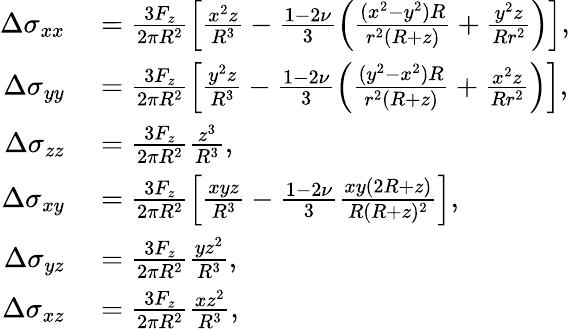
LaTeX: \begin{array}{rl}{\Delta\sigma_{xx}}&{{}=\frac{3F_{z}}{2\pi R^{2}}\left[\frac{x^{2}z}{R^{3}}-\frac{1-2\nu}{3}\left(\frac{(x^{2}-y^{2})R}{r^{2}(R+z)}+\frac{y^{2}z}{Rr^{2}}\right)\right],}\\ {\Delta\sigma_{yy}}&{{}=\frac{3F_{z}}{2\pi R^{2}}\left[\frac{y^{2}z}{R^{3}}-\frac{1-2\nu}{3}\left(\frac{(y^{2}-x^{2})R}{r^{2}(R+z)}+\frac{x^{2}z}{Rr^{2}}\right)\right],}\\ {\Delta\sigma_{zz}}&{{}=\frac{3F_{z}}{2\pi R^{2}}\frac{z^{3}}{R^{3}},}\\ {\Delta\sigma_{xy}}&{{}=\frac{3F_{z}}{2\pi R^{2}}\left[\frac{xyz}{R^{3}}-\frac{1-2\nu}{3}\frac{xy(2R+z)}{R(R+z)^{2}}\right],}\\ {\Delta\sigma_{yz}}&{{}=\frac{3F_{z}}{2\pi R^{2}}\frac{yz^{2}}{R^{3}},}\\ {\Delta\sigma_{xz}}&{{}=\frac{3F_{z}}{2\pi R^{2}}\frac{xz^{2}}{R^{3}},}\end{array}